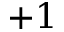
+ 1